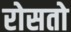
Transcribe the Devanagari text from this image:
रोसतो